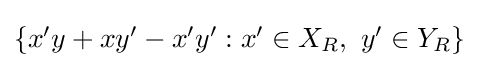
{\textstyle \left\{x'y+xy'-x'y':x'\in X_{R},~y'\in Y_{R}\right\}}